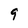
Character: 9